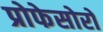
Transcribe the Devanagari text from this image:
प्रोफेसोरों